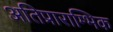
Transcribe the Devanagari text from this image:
अतिप्राराम्भिक